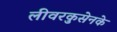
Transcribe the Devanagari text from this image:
लीवरकुसेनके